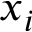
x _ { i }